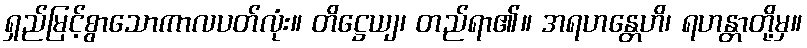
ရှည်မြင့်စွာသောကာလပတ်လုံး။ တိဋ္ဌေယျ၊ တည်ရာ၏။ အရဟန္တေဟိ၊ ရဟန္တာတို့မှ။